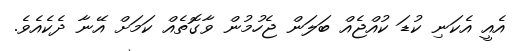
އެއީ އެކަނި ކުޑަ ކުއްޖެއް ބަލަން ޖެހުމުން ވާގޮތެއް ކަމަށް އޭނާ ދެކެއެވެ.